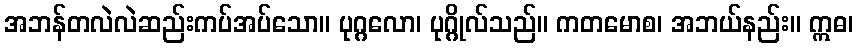
အဘန်တလဲလဲဆည်းကပ်အပ်သော။ ပုဂ္ဂလော၊ ပုဂ္ဂိုလ်သည်။ ကတမောစ၊ အဘယ်နည်း။ ဣဓ၊